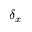
\delta _ { x }